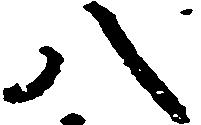
八